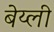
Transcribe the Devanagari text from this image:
बेय्ली